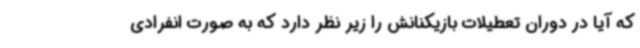
که آیا در دوران تعطیلات بازیکنانش را زیر نظر دارد که به صورت انفرادی